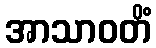
အာသာဝတိံ